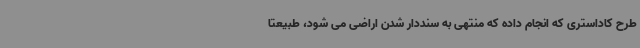
طرح کاداستری که انجام داده که منتهی به سنددار شدن اراضی می شود، طبیعتا